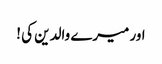
اور میرے والدین کی !